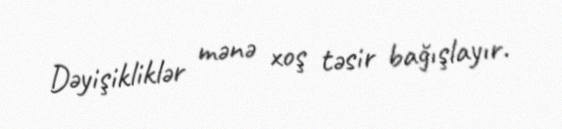
Dəyişikliklər mənə xoş təsir bağışlayır.